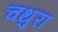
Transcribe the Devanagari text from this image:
चथुरा